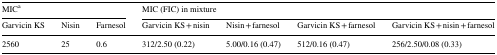
| <COLSPAN=3> MICa | <COLSPAN=4> MIC (FIC) in mixture |
 | Garvicin KS | Nisin | Farnesol | Garvicin KS + nisin | Nisin + farnesol | Garvicin KS + farnesol | Garvicin KS + nisin + farnesol |
 | --- | --- | --- | --- | --- | --- | --- |
 | 2560 | 25 | 0.6 | 312/2.50 (0.22) | 5.00/0.16 (0.47) | 512/0.16 (0.47) | 256/2.50/0.08 (0.33) |